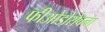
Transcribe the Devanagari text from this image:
फीओडोरोवना